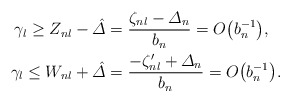
\begin{align*}\gamma_{l} \geq Z_{nl}- \hat{\varDelta} &= \frac{\zeta_{nl}-\varDelta_{n}}{b_n} = O\bigl(b_n^{-1}\bigr),\\\gamma_{l}\leq W_{nl}+ \hat{\varDelta} &= \frac{-\zeta'_{nl}+\varDelta_{n}}{b_n} =O\bigl(b_n^{-1}\bigr).\end{align*}